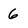
Character: 6